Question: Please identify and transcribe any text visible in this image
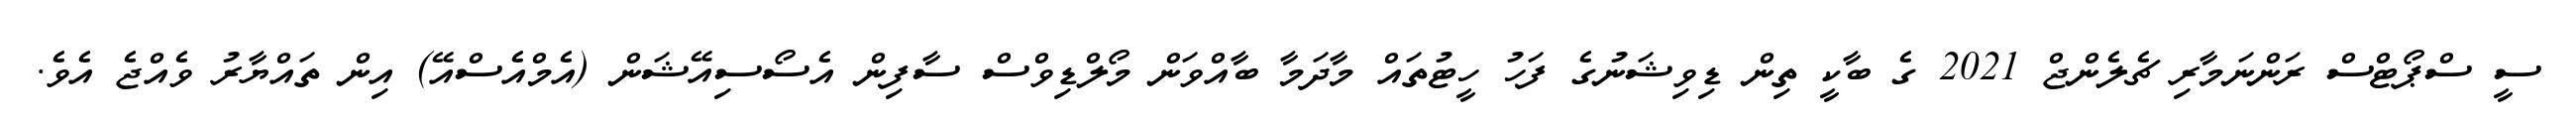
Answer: ސީ ސްޕޯޓްސް ރަންނަމާރި ޗެލެންޖް 2021 ގެ ބާކީ ތިން ޑިވިޝަނުގެ ފަހު ހީޓުތައް މާދަމާ ބާއްވަން މޯލްޑިވްސް ސާފިން އެސޯސިއޭޝަން (އެމްއެސްއޭ) އިން ތައްޔާރު ވެއްޖެ އެވެ.